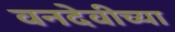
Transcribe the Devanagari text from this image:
वनदेवीच्या